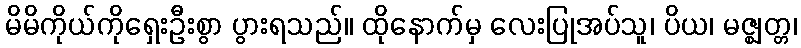
မိမိကိုယ်ကိုရှေးဦးစွာ ပွားရသည်။ ထိုနောက်မှ လေးပြုအပ်သူ၊ ပိယ၊ မဇ္ဈတ္တ၊